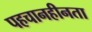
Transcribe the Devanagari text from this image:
पहचानहीनता